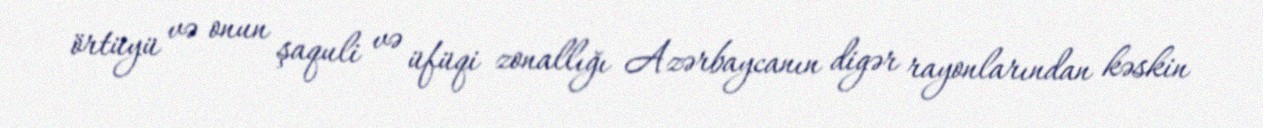
örtüyü və onun şaquli və üfüqi zonallığı Azərbaycanın digər rayonlarından kəskin